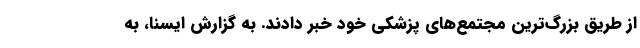
از طریق بزرگ‌ترین مجتمع‌های پزشکی خود خبر دادند. به گزارش ایسنا، به